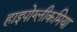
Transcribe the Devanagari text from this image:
हाइपोग्लीकमिया